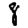
Digit: 8